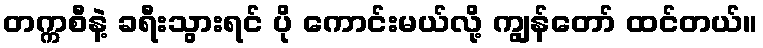
တက္ကစီနဲ့ ခရီးသွားရင် ပို ကောင်းမယ်လို့ ကျွန်တော် ထင်တယ်။